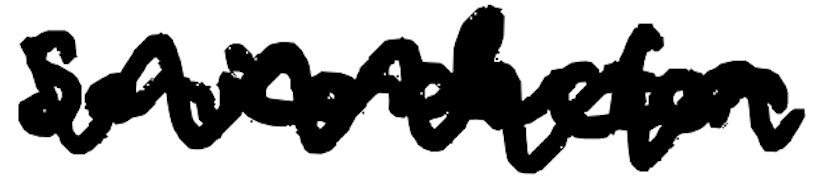
Text: semiconductor
Cross-out: zig-zag
Writing tool: digital_black